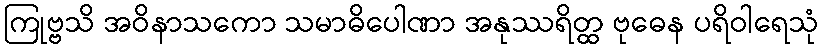
ကြုဗ္ဗသိ အဝိနာသကော သမာဓိပေါဏာ အနုဿရိတ္ထ ဗုဓေန ပရိဝါရေသုံ